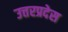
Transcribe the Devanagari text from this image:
उत्तरप्रदेस